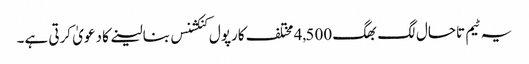
یہ ٹیم تاحال لگ بھگ 4,500 مختلف کارپول کنکشنس بنالینے کا دعویٰ کرتی ہے۔